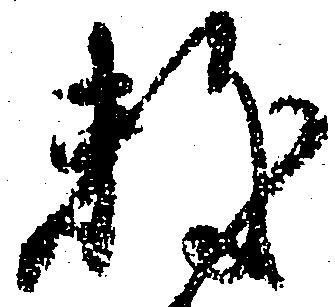
数